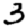
Digit: 3